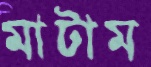
মাটাম